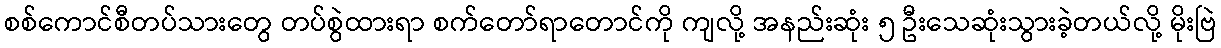
စစ်ကောင်စီတပ်သားတွေ တပ်စွဲထားရာ စက်တော်ရာတောင်ကို ကျလို့ အနည်းဆုံး ၅ ဦးသေဆုံးသွားခဲ့တယ်လို့ မိုးဗြဲ